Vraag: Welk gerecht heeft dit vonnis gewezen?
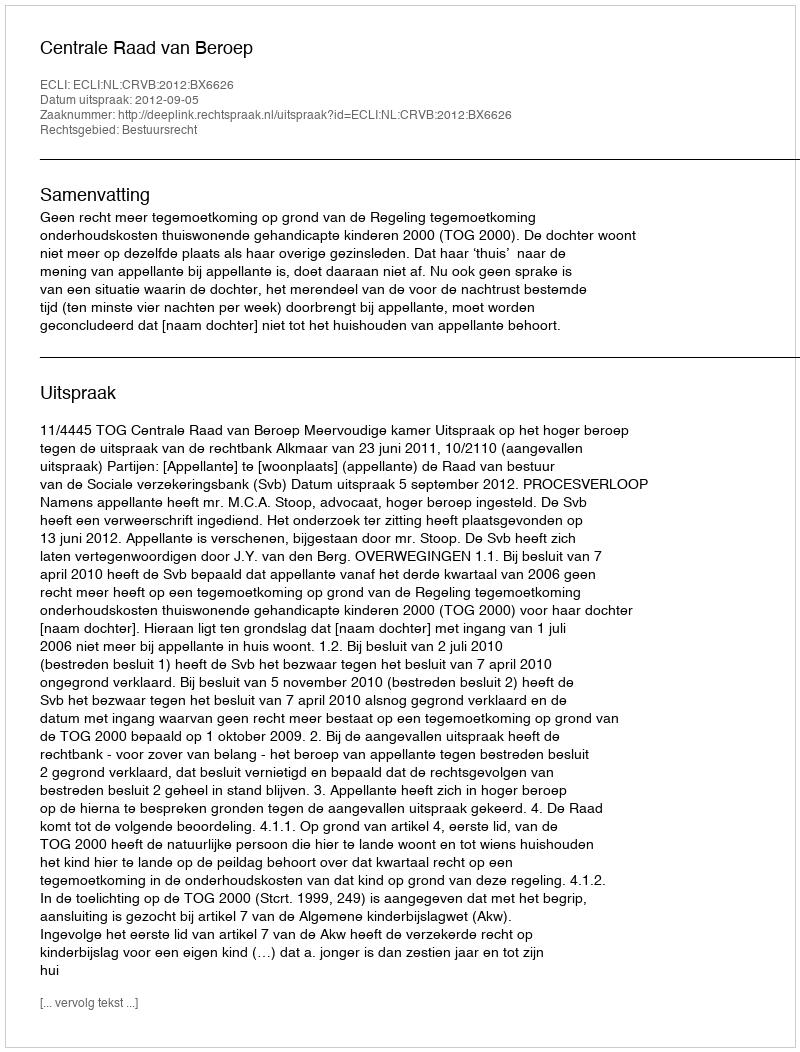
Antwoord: Centrale Raad van Beroep